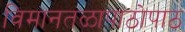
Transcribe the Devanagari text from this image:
विमानतळापाठोपाठ